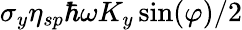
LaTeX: \sigma_{y}\eta_{sp}\hbar\omega K_{y}\sin(\varphi)/2